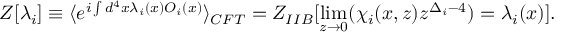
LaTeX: Z [ \lambda _ { i } ] \equiv \langle e ^ { i \int d ^ { 4 } x \lambda _ { i } ( x ) { \cal O } _ { i } ( x ) } \rangle _ { C F T } = Z _ { I I B } [ \operatorname * { l i m } _ { z \to 0 } ( \chi _ { i } ( x , z ) z ^ { \Delta _ { i } - 4 } ) = \lambda _ { i } ( x ) ] .